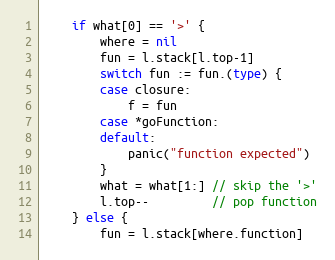
Language: Go
	if what[0] == '>' {
		where = nil
		fun = l.stack[l.top-1]
		switch fun := fun.(type) {
		case closure:
			f = fun
		case *goFunction:
		default:
			panic("function expected")
		}
		what = what[1:] // skip the '>'
		l.top--         // pop function
	} else {
		fun = l.stack[where.function]